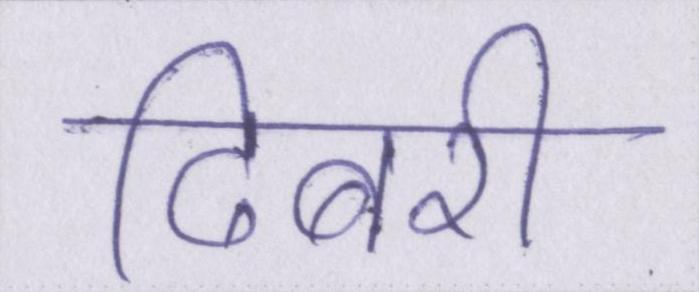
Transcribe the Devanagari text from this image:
ढिबरी